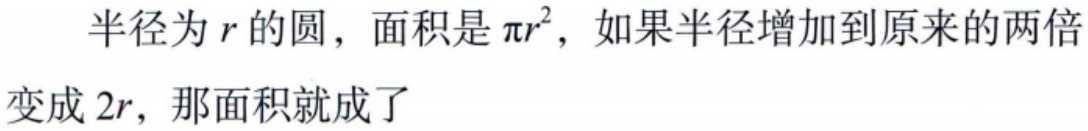
半径为\(r\)的圆，面积是\(\pi r^{2}\)，如果半径增加到原来的两倍变成\(2r\)，那面积就成了